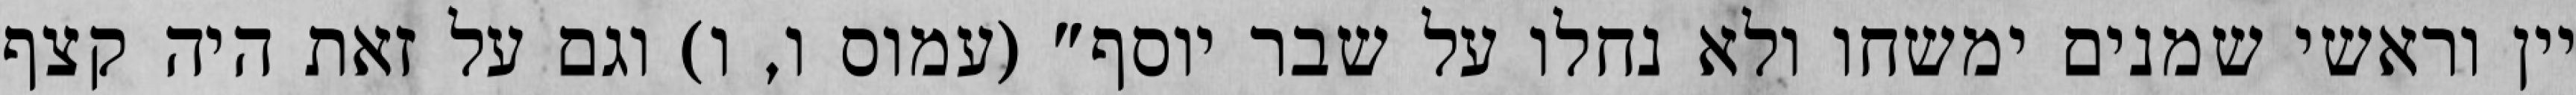
יין וראשי‏ שמנים ימשחו ולא נחלו על שבר יוסף" (עמוס ו, ו) וגם על זאת היה קצף